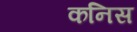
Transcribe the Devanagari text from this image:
कनिस